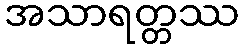
အသာရတ္တဿ